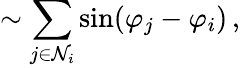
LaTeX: \sim\sum_{j\in\mathcal{N}_{i}}\sin(\varphi_{j}-\varphi_{i})\, ,